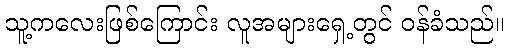
သူ့ကလေးဖြစ်ကြောင်း လူအများရှေ့တွင် ဝန်ခံသည်။